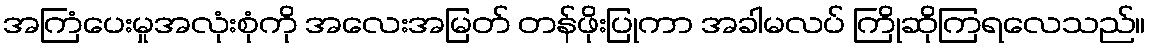
အကြံပေးမှုအလုံးစုံကို အလေးအမြတ် တန်ဖိုးပြုကာ အခါမလပ် ကြိုဆိုကြရလေသည်။